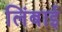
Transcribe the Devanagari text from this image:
लिंबाई